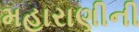
મહારાણીની